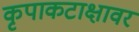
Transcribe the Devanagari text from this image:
कृपाकटाक्षावर